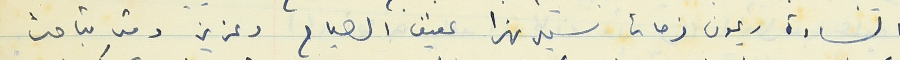
السادة ريمون فرحات سهيل نهرا عفيف الصياح وعزيز وقد تباحث